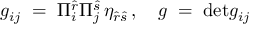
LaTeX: g _ { i j } \; = \; \Pi _ { i } ^ { \hat { r } } \Pi _ { j } ^ { \hat { s } } \, \eta _ { \hat { r } \hat { s } } \, , \quad g \; = \; \mathrm { d e t } g _ { i j }